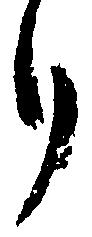
り